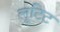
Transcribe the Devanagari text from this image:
लूटिट